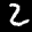
Label: 2